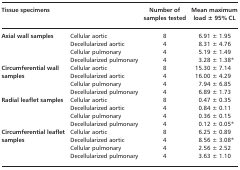
<table><thead><tr><td colspan="2"><b>Tissue specimens</b></td><td><b>Number of samples tested</b></td><td><b>Mean maximum load ± 95% CL</b></td></tr></thead><tbody><tr><td rowspan="4"><b>Axial wall samples</b></td><td>Cellular aortic</td><td>8</td><td>6.91 ± 1.95</td></tr><tr><td>Decellularized aortic</td><td>4</td><td>8.31 ± 4.76</td></tr><tr><td>Cellular pulmonary</td><td>4</td><td>5.19 ± 1.49</td></tr><tr><td>Decellularized pulmonary</td><td>4</td><td>3.28 ± 1.38*</td></tr><tr><td rowspan="4"><b>Circumferential wall samples</b></td><td>Cellular aortic</td><td>8</td><td>15.30 ± 7.14</td></tr><tr><td>Decellularized aortic</td><td>4</td><td>16.00 ± 4.29</td></tr><tr><td>Cellular pulmonary</td><td>4</td><td>7.94 ± 6.85</td></tr><tr><td>Decellularized pulmonary</td><td>4</td><td>6.89 ± 1.73</td></tr><tr><td rowspan="4"><b>Radial leaflet samples</b></td><td>Cellular aortic</td><td>8</td><td>0.47 ± 0.35</td></tr><tr><td>Decellularized aortic</td><td>4</td><td>0.84 ± 0.11</td></tr><tr><td>Cellular pulmonary</td><td>4</td><td>0.36 ± 0.15</td></tr><tr><td>Decellularized pulmonary</td><td>4</td><td>0.12 ± 0.05*</td></tr><tr><td rowspan="4"><b>Circumferential leaflet samples</b></td><td>Cellular aortic</td><td>8</td><td>6.25 ± 0.89</td></tr><tr><td>Decellularized aortic</td><td>4</td><td>8.56 ± 3.08*</td></tr><tr><td>Cellular pulmonary</td><td>4</td><td>2.56 ± 2.52</td></tr><tr><td>Decellularized pulmonary</td><td>4</td><td>3.63 ± 1.10</td></tr></tbody></table>